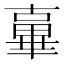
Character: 𱑓